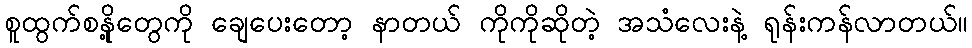
စူထွက်စနို့တွေကို ချေပေးတော့ နာတယ် ကိုကိုဆိုတဲ့ အသံလေးနဲ့ ရုန်းကန်လာတယ်။